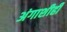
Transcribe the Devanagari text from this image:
अंगाशीही